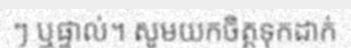
ៗ ឬផ្ទាល់។ សូមយកចិត្តទុកដាក់